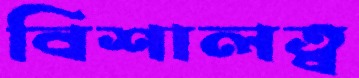
বিশালত্ব